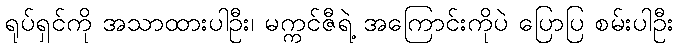
ရုပ်ရှင်ကို အသာထားပါဦး၊ မက္ကင်ဇီရဲ့ အကြောင်းကိုပဲ ပြောပြ စမ်းပါဦး